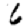
Digit: 6